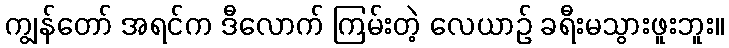
ကျွန်တော် အရင်က ဒီလောက် ကြမ်းတဲ့ လေယာဉ် ခရီးမသွားဖူးဘူး။